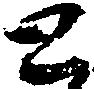
と